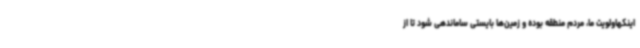
اینکهاولویت ما، مردم منطقه بوده و زمین‌ها بایستی ساماندهی شود تا از